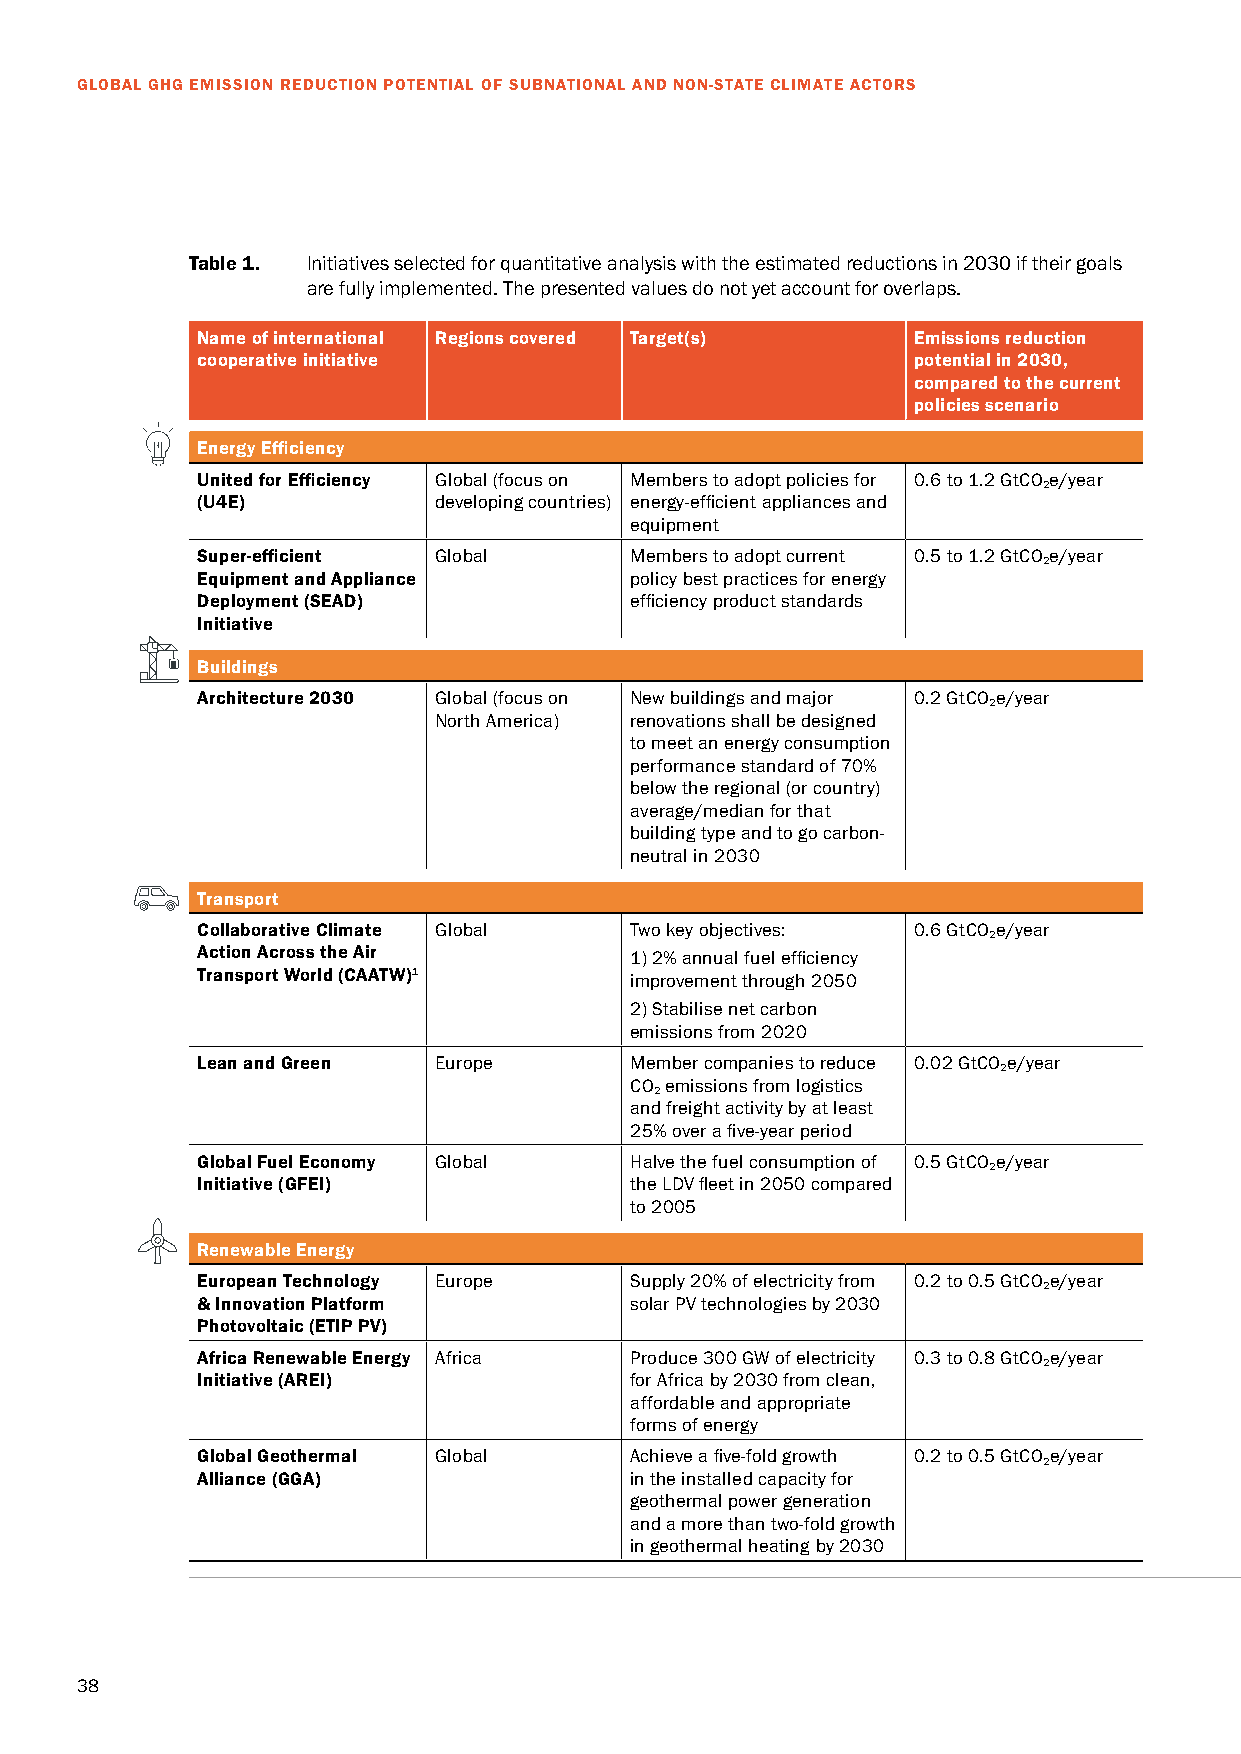
GLOBAL GHG EMISSION REDUCTION POTENTIAL OF SUBNATIONAL AND NON-STATE CLIMATE ACTORS
 Table 1. Initiatives selected for quantitative analysis with the estimated reductions in 2030 if their goals
 are fully implemented. The presented values do not yet account for overlaps.
 Name of international Regions covered Target(s) Emissions reduction
 cooperative initiative                         potential in 2030,
 compared to the current
 policies scenario
 Energy Efficiency
 United for Efficiency Global (focus on Members to adopt policies for 0.6 to 1.2 GtCO e/year
 2
 (U4E)           developing countries) energy-efficient appliances and
 equipment
 Super-efficient Global       Members to adopt current 0.5 to 1.2 GtCO e/year
 2
 Equipment and Appliance      policy best practices for energy
 Deployment (SEAD)            efficiency product standards
 Initiative
 Buildings
 Architecture 2030 Global (focus on New buildings and major 0.2 GtCO e/year
 2
 North America) renovations shall be designed
 to meet an energy consumption
 performance standard of 70%
 below the regional (or country)
 average/median for that
 building type and to go carbon-
 neutral in 2030
 Transport
 Collaborative Climate Global Two key objectives: 0.6 GtCO e/year
 2
 Action Across the Air        1) 2% annual fuel efficiency
 Transport World (CAATW)1     improvement through 2050
 2) Stabilise net carbon
 emissions from 2020
 Lean and Green  Europe       Member companies to reduce 0.02 GtCO e/year
 2
 CO emissions from logistics
 2
 and freight activity by at least
 25% over a five-year period
 Global Fuel Economy Global   Halve the fuel consumption of 0.5 GtCO e/year
 2
 Initiative (GFEI)            the LDV fleet in 2050 compared
 to 2005
 Renewable Energy
 European Technology Europe   Supply 20% of electricity from 0.2 to 0.5 GtCO e/year
 2
 & Innovation Platform        solar PV technologies by 2030
 Photovoltaic (ETIP PV)
 Africa Renewable Energy Africa Produce 300 GW of electricity 0.3 to 0.8 GtCO e/year
 2
 Initiative (AREI)            for Africa by 2030 from clean,
 affordable and appropriate
 forms of energy
 Global Geothermal Global     Achieve a five-fold growth 0.2 to 0.5 GtCO e/year
 2
 Alliance (GGA)               in the installed capacity for
 geothermal power generation
 and a more than two-fold growth
 in geothermal heating by 2030
 38